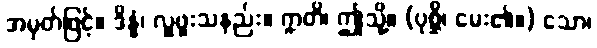
အမှတ်ဖြင့်။ ဒိန္နံ၊ လှူဖူးသနည်း။ ဣတိ၊ ဤသို့။ (ပုစ္ဆိ၊ မေး၏။) သော၊